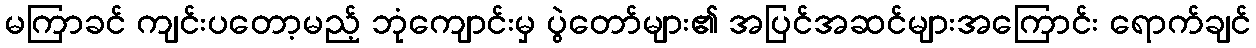
မကြာခင် ကျင်းပတော့မည့် ဘုံကျောင်းမှ ပွဲတော်များ၏ အပြင်အဆင်များအကြောင်း ရောက်ချင်